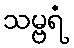
သမ္ဗရံ